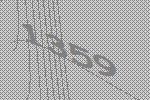
1359